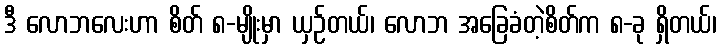
ဒီ လောဘလေးဟာ စိတ် ၈-မျိုးမှာ ယှဉ်တယ်၊ လောဘ အခြေခံတဲ့စိတ်က ၈-ခု ရှိတယ်၊